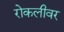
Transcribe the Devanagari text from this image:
रोकलीवर